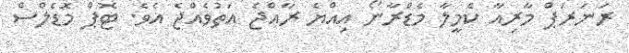
ރަނަރަޕް މާރިއާ ކެމީލާ މެޑްރާނޯ އިއްޔެ ރާއްޖެ އަތުވެއްޖެ އެވެ. ޓޮޕް މޮޑެލްސް